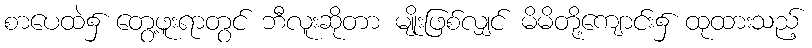
စာပေထဲ၌ တွေ့ဖူးရာတွင် ဘီလူးဆိုတာ မျိုးဖြစ်လျှင် မိမိတို့ကျောင်း၌ ထုထားသည့်